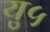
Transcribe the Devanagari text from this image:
यु५